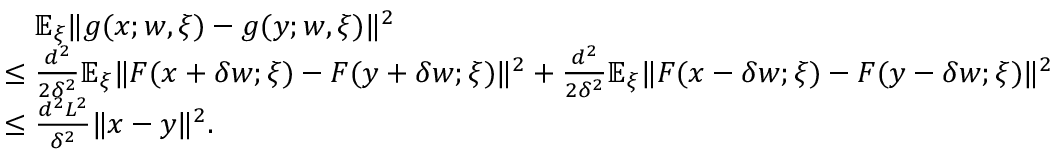
\begin{array} { r l } & { \quad { \mathbb { E } } _ { \xi } \Vert g ( x ; w , \xi ) - g ( y ; w , \xi ) \Vert ^ { 2 } } \\ & { \le \frac { d ^ { 2 } } { 2 \delta ^ { 2 } } { \mathbb { E } } _ { \xi } \Vert F ( x + \delta w ; \xi ) - F ( y + \delta w ; \xi ) \Vert ^ { 2 } + \frac { d ^ { 2 } } { 2 \delta ^ { 2 } } { \mathbb { E } } _ { \xi } \Vert F ( x - \delta w ; \xi ) - F ( y - \delta w ; \xi ) \Vert ^ { 2 } } \\ & { \le \frac { d ^ { 2 } L ^ { 2 } } { \delta ^ { 2 } } \Vert x - y \Vert ^ { 2 } . } \end{array}